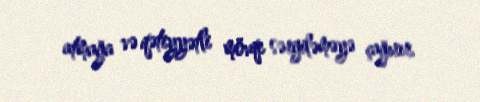
atmağa və qətiyyətli mövqe sərgiləməyə çağırır.